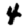
Digit: 4